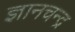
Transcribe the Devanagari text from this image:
ज्ञानचन्द्र